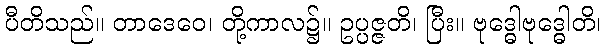
ပီတိသည်။ တာဒေဝေ၊ တို့ကာလ၌။ ဥပ္ပဇ္ဇတိ၊ ပြီး။ ဗုဒ္ဓေါဗုဒ္ဓေါတိ၊